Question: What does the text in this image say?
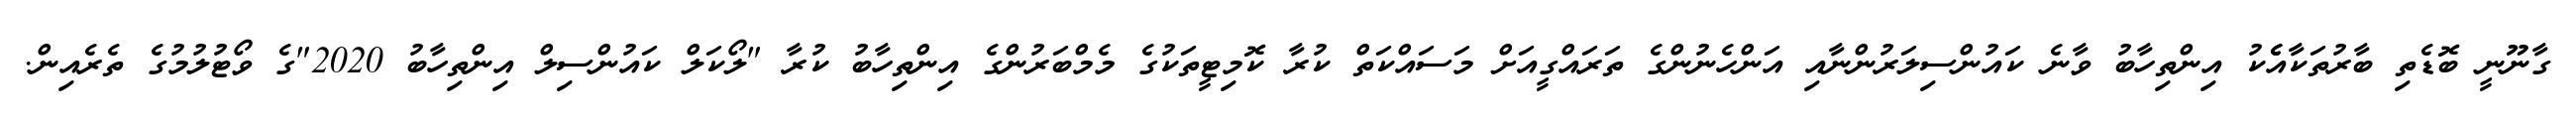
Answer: ގާނޫނީ ބޮޑެތި ބާރުތަކާއެެކު އިންތިހާބު ވާނެ ކައުންސިލަރުންނާއި އަންހެނުންގެ ތަރައްގީއަށް މަސައްކަތް ކުރާ ކޮމިޓީތަކުގެ މެމްބަރުންގެ އިންތިހާބު ކުރާ "ލޯކަލް ކައުންސިލް އިންތިހާބު 2020"ގެ ވޯޓުލުމުގެ ތެރެއިން.